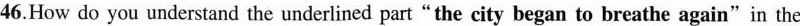
46.How do you understand the underlined part"the city began to breathe again"in the